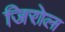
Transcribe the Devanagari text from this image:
जिरोल